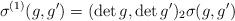
LaTeX: \begin{align*}\sigma^{(1)}(g,g')=(\det g,\det g')_2\sigma(g,g')\end{align*}